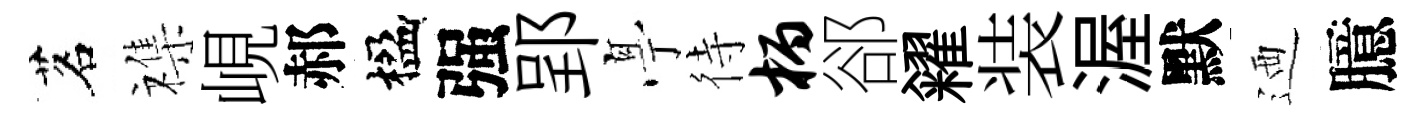
茗襍峴郝楹强郢𠅘待柄郤糴装渥默迺臆